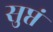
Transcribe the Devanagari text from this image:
सुप्तं